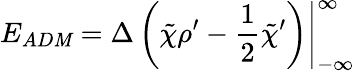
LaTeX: E_{AD\mathit{M}}=\left.{\Delta}\left(\tilde{{\chi}}{\rho}^{\prime}-{\frac{1}{2}}{\tilde{{\chi}}}^{\prime}\right)\right|_{-\infty}^{\infty}